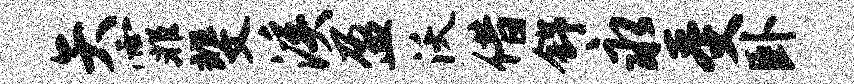
矢霏斐溪盈沃借舒永受卧